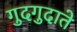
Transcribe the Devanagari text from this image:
गुदगुदाते